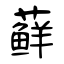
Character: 藓